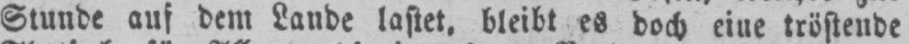
Stunde auf dem Lande lastet, bleibt es doch eine tröstende